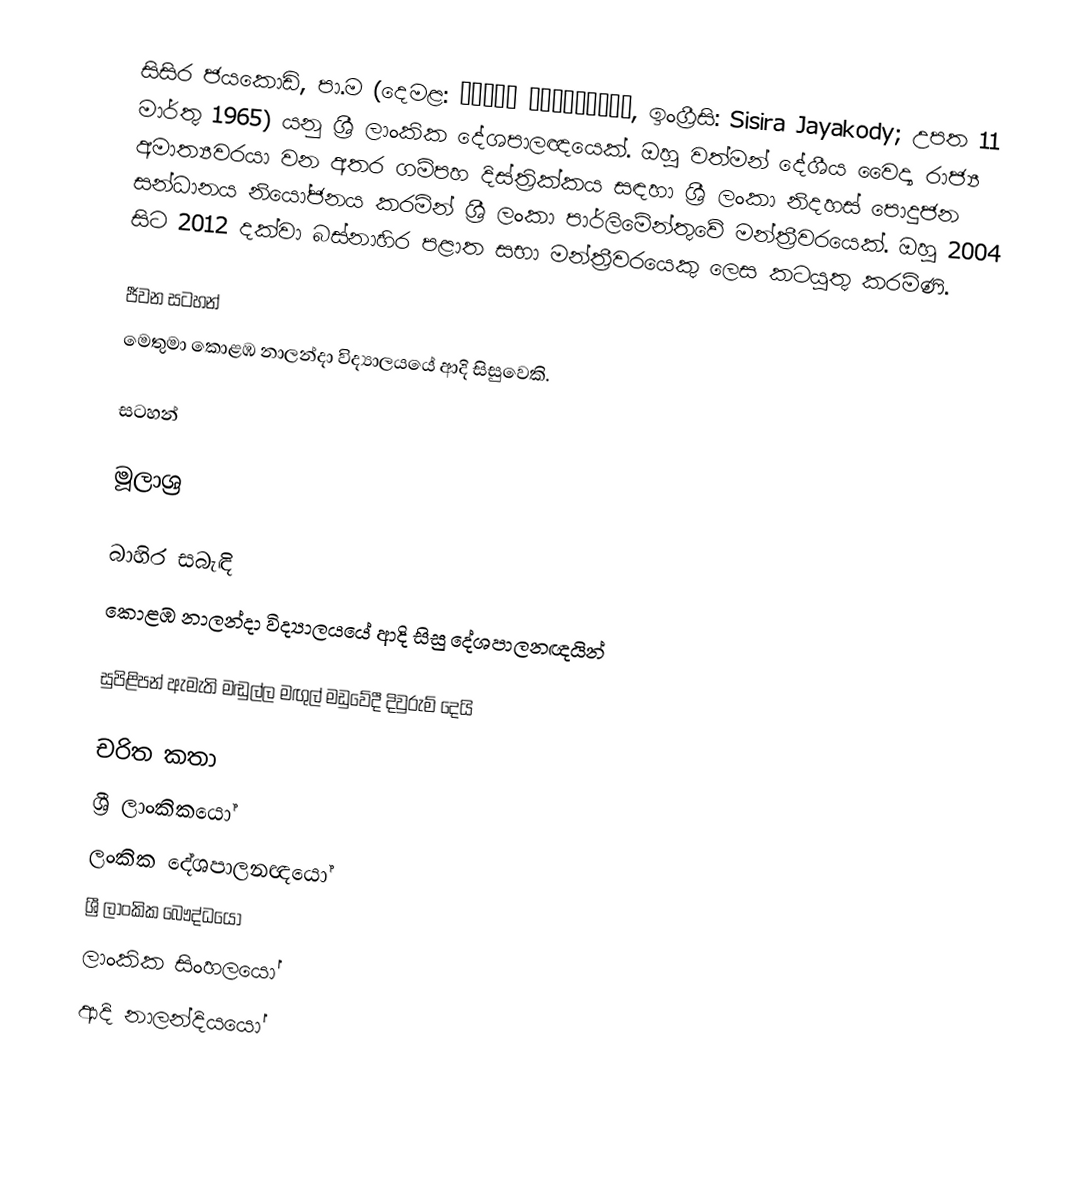
සිසිර ජයකොඩි, පා.ම (දෙමළ: சிசிர ஜெயக்கொடி, ඉංග්‍රීසි: Sisira Jayakody; උපත 11 මාර්තු 1965) යනු ශ්‍රී ලාංකික දේශපාලඥයෙක්. ඔහු වත්මන් දේශීය වෛද්‍ය රාජ්‍ය අමාත්‍යවරයා වන අතර ගම්පහ දිස්ත්‍රික්කය සඳහා ශ්‍රී ලංකා නිදහස් පොදුජන සන්ධානය නියෝජනය කරමින් ශ්‍රී ලංකා පාර්ලිමේන්තුවේ මන්ත්‍රීවරයෙක්. ඔහු 2004 සිට 2012 දක්වා බස්නාහිර පළාත සභා මන්ත්‍රීවරයෙකු ලෙස කටයුතු කරමිණි.

ජීවන සටහන්
මෙතුමා  කොළඹ නාලන්දා විද්‍යාලයයේ ආදි සිසුවෙකි.

සටහන්

මූලාශ්‍ර

බාහිර සබැඳි
කොළඹ නාලන්දා විද්‍යාලයයේ ආදි සිසු දේශපාලනඥයින්

 සුපිළිපන් ඇමැති මඬුල්ල මඟුල් මඩුවේදී දිවුරුම් දෙයි

චරිත කතා
ශ්‍රී ලාංකිකයෝ
ලංකික දේශපාලනඥයෝ
ශ්‍රී ලාංකික බෞද්ධයෝ
ලාංකික සිංහලයෝ
ආදි නාලන්දියයෝ